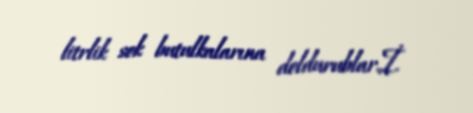
litrlik sok butulkalarına doldurublar.İ.